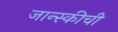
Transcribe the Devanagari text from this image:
जान्स्कीची